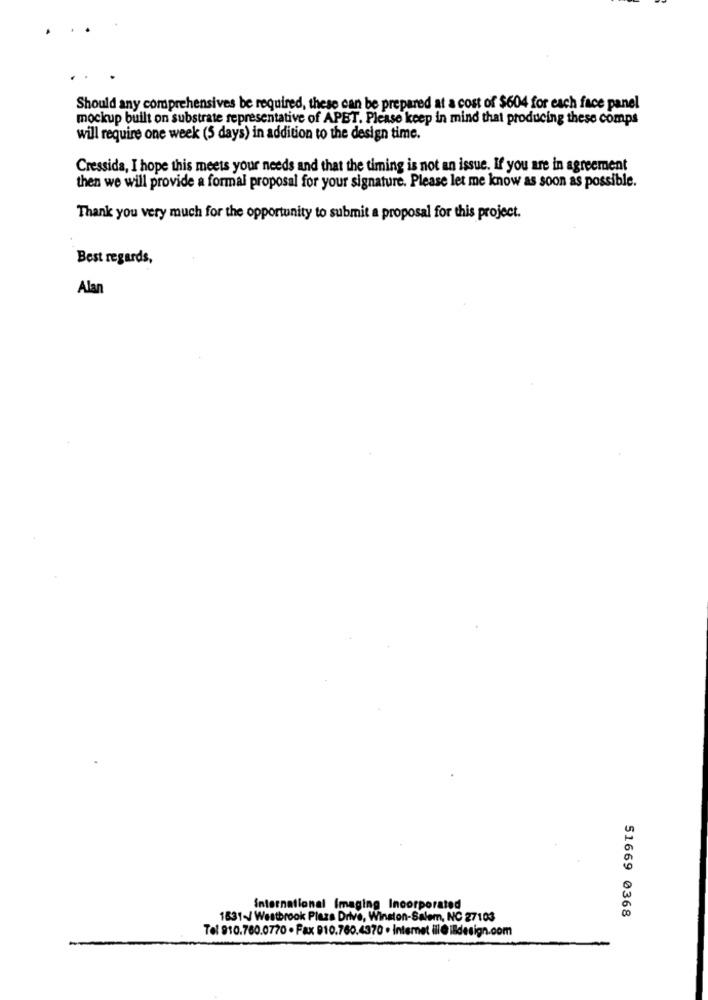
Should any comprehensives be required, these can be prepared at a cost of $604 for each face panel
mockup built on substrate representative of APET. Please keep in mind that producing these comps
will require one week (5 days) in addition to the design time.
Cressida, I hope this meets your needs and that the timing is not an issue. If you are in agreement
then we will provide a formal proposal for your signature. Please let me know as soon as possible.
Thank you very much for the opportunity to submit a proposal for this project.
Best regards,
Alan
International Imaging Incorporated
1831-/ Westbrook Plazs Drive, Winston-Salem, NC 27103
51669 0368
Tel 910.780.0770 . Fax 910.760.4370 . Internet ill@ildesign.com